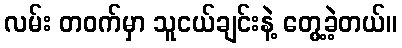
လမ်း တဝက်မှာ သူငယ်ချင်းနဲ့ တွေ့ခဲ့တယ်။